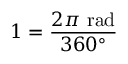
1 = { \frac { 2 \pi { \mathrm { ~ r a d } } } { 3 6 0 ^ { \circ } } }